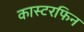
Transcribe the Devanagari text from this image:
कास्टरफिन